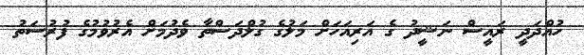
ހުއްދަދީ ރައީސް ނަޝީދު ގެ އަރިއަހަށް މަލުގެ ގުލްދަސްތާ ވެދުމަށް އެރުވުމުގެ ފުރުސަތު